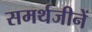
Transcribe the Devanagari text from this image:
समर्थजीनें